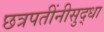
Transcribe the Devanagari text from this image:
छत्रपतींनीसुद्धा